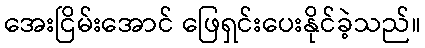
အေးငြိမ်းအောင် ဖြေရှင်းပေးနိုင်ခဲ့သည်။